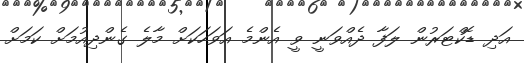
އަދި ޑޮކްޓަރުން ލަފާ ދެއްވަނީ ވީ އެންމެ އަވަހަކަށް މާލެ ގެންދިއުމަށް ކަމަށް